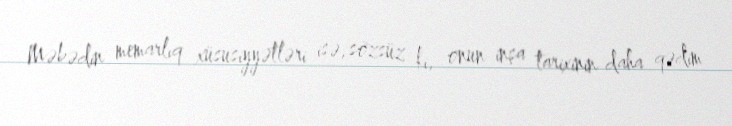
Məbədin memarlıq xüsusiyyətləri isə, sözsüz ki, onun inşa tarixinin daha qədim